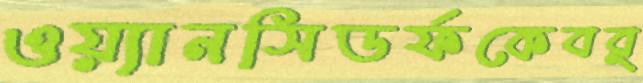
ওয়্যানসিডর্ফকেবর্